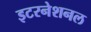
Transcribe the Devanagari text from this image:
इटरनेशनल